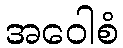
အဝေါစံ